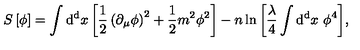
S \left[ \phi \right] = \int \mathrm { d ^ { d } } x \left[ { \frac { 1 } { 2 } } \left( \partial _ { \mu } \phi \right) ^ { 2 } + { \frac { 1 } { 2 } } m ^ { 2 } \phi ^ { 2 } \right] - n \ln { \left[ { \frac { \lambda } { 4 } } \int \mathrm { d ^ { d } } x \ \phi ^ { 4 } \right] } ,